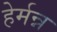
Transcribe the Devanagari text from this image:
हेर्मन्न